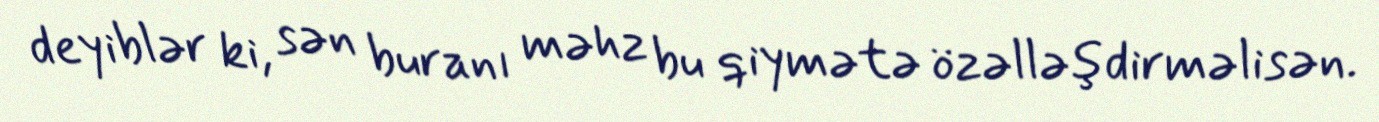
deyiblər ki, sən buranı məhz bu qiymətə özəlləşdirməlisən.